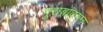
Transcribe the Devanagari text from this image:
गुराबांवरुन